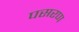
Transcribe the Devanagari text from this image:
पसरण